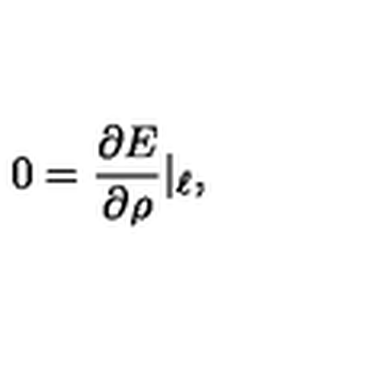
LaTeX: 0 = \frac { \partial E } { \partial \rho } | _ { \ell } ,